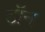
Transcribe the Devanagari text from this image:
टॉन